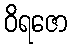
ဝိရဇော